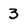
Character: 3